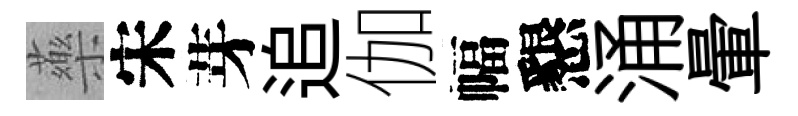
藥宋芽追伽幅懇涌暈